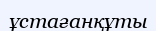
ұстағанқұты